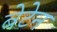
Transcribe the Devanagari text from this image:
बेटेन